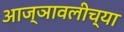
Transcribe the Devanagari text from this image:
आज्ञावलीच्या